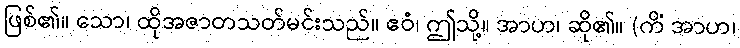
ဖြစ်၏။ သော၊ ထိုအဇာတသတ်မင်းသည်။ ဧဝံ၊ ဤသို့။ အာဟ၊ ဆို၏။ (ကိံ အာဟ၊